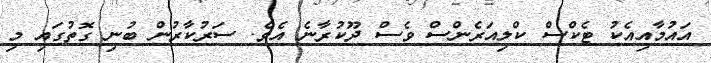
އައުމާއިއެކު ޓެކްސް ކްލިއަރެންސް ވެސް ދޫކުރާނެ އެވެ. ސަރުކާރުން ބުނި ގޮތުގައި މި